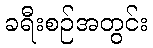
ခရီးစဉ်အတွင်း